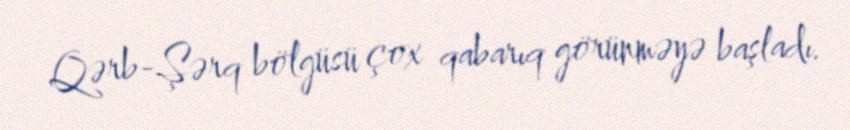
Qərb-Şərq bölgüsü çox qabarıq görünməyə başladı.